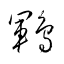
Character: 鶤